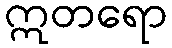
ဣတရော